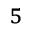
^ 5